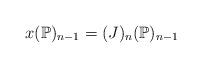
LaTeX: \begin{align*}x(\mathbb{P})_{n-1}=(J)_{n} (\mathbb{P})_{n-1} \end{align*}